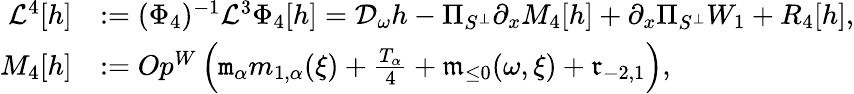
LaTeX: \begin{array}{rl}{\mathcal{L}^{4}[h]}&{:=(\Phi_{4})^{-1}\mathcal{L}^{3}\Phi_{4}[h]=\mathcal{D}_{\omega}h-\Pi_{S^{\perp}}\partial_{x}M_{4}[h]+\partial_{x}\Pi_{S^{\perp}}W_{1}+R_{4}[h],}\\ {M_{4}[h]}&{:=Op^{W}\left(\mathtt{m}_{\alpha}m_{1,\alpha}(\xi)+\frac{T_{\alpha}}4+\mathfrak{m}_{\le 0}(\omega,\xi)+\mathfrak{r}_{-2,1}\right),}\end{array}